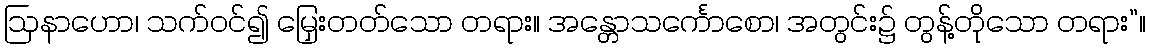
ဩနာဟော၊ သက်ဝင်၍ မြှေးတတ်သော တရား။ အန္တောသင်္ကောစော၊ အတွင်း၌ တွန့်တိုသော တရား”။